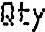
QTY